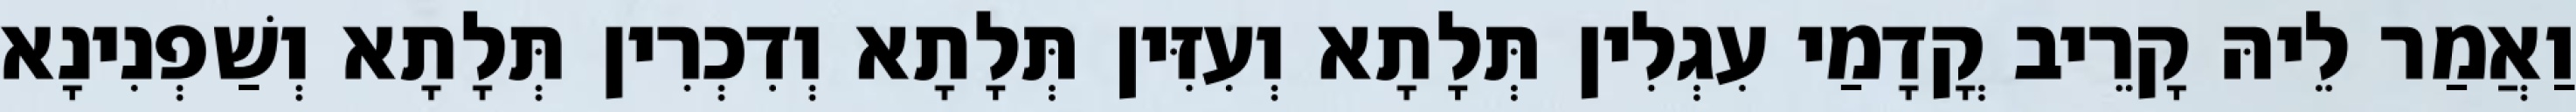
וַאֲמַר לֵיהּ קָרֵיב קֳדָמַי עִגְלִין תְּלָתָא וְעִזִּין תְּלָתָא וְדִכְרִין תְּלָתָא וְשַׁפְנִינָא